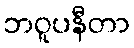
ဘဝူပနီတာ